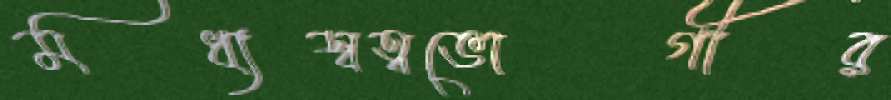
মধ্যস্বত্বভোগীর